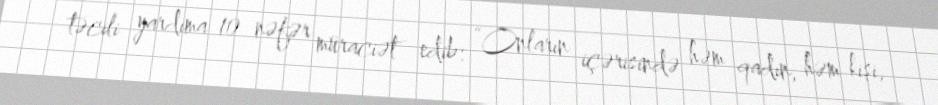
təcili yardıma 10 nəfər müraciət edib: “Onların içərisində həm qadın, həm kişi,